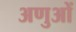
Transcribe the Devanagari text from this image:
अणुआें